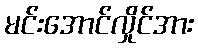
မင်းအောင်လှိုင်အား